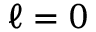
\ell = 0